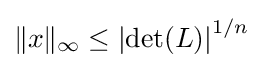
{\textstyle \|x\|_{\infty }\leq \left|\det(L)\right|^{1/n}}